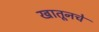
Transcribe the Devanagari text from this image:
खातूनचे